画像に写った文字を読んでください
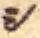
「シ」と書いてあります